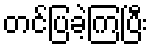
တင်ပြခဲ့ကြပြီး